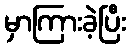
မှာကြားခဲ့ပြီး